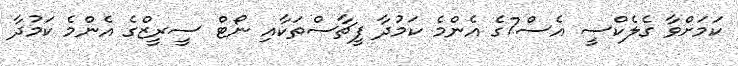
ކަމަށްވާ ގެލެކްސީ އެސް7ގެ އެންމެ ކަމުދާ ފީޗާސްތަކާއި ނޯޓް ސީރީޒްގެ އެންމެ ކަމުދާ